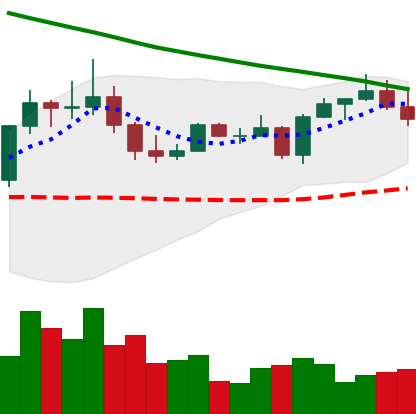
Ticker: EOS-USD
Chart end date: 2022-08-15
Forward return: 10.584%
Label: up_7plus